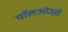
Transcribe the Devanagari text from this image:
पॉलओज्ज़ी